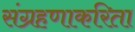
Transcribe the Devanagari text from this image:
संग्रहणाकरिता